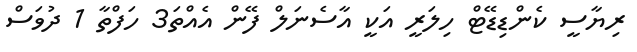
ރިޔާސީ ކެންޑިޑޭޓް ހިލަރީ އަކީ އާސެނަލް ފޭން އެއްތަ3 ހަފްތާ 1 ދުވަސް